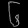
Digit: ၆